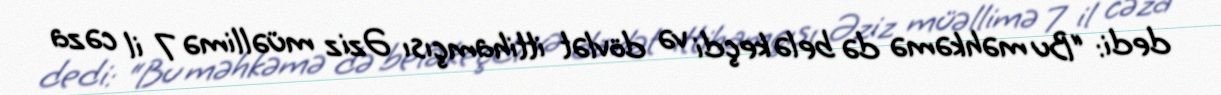
dedi: “Bu məhkəmə də belə keçdi və dövlət ittihamçısı Əziz müəllimə 7 il cəza